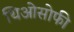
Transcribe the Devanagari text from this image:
थिओसोफी